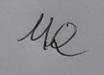
Signature authenticity: forged